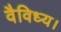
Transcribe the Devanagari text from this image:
वैविध्य।